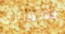
بمسألة